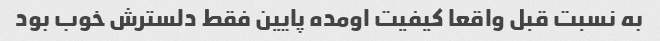
به نسبت قبل واقعا کیفیت اومده پایین فقط دلسترش خوب بود